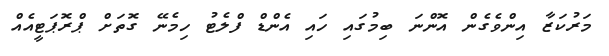
މަރުކަޒާ އިންވެގެން އޮންނަ ބިމުގައި ހައި އެންޑް ފްލެޓު ހިމެނޭ ގޮތަށް ޕްރޮޕަޓީއެއް